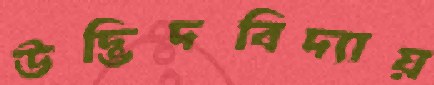
উদ্ভিদবিদ্যায়